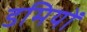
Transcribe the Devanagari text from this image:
डमियों